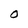
Character: O